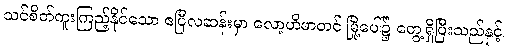
သင်စိတ်ကူးကြည့်နိုင်သော ဧပြီလဆန်းမှာ လော့ဟိမာတင် မြို့ပေါ်၌ တွေ့ရှိပြီးသည်နှင့်